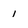
Character: 1